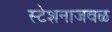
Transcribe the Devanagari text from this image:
स्टेशनाजवळ